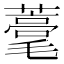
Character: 𦿗